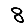
Digit: 8